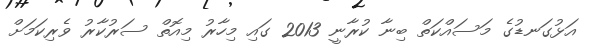
އަޅުގަނޑުގެ މަސައްކަތް ބިނާ ކުރާނީ 2013 ގައި މިހާރު މިއޮތް ސަރުކާރު ވެރިކަމަށް